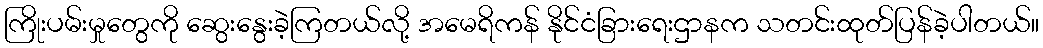
ကြိုးပမ်းမှုတွေကို ဆွေးနွေးခဲ့ကြတယ်လို့ အမေရိကန် နိုင်ငံခြားရေးဌာနက သတင်းထုတ်ပြန်ခဲ့ပါတယ်။